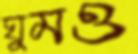
ঘুমও